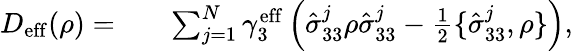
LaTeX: \begin{array}{rlr}{D_{\mathrm{eff}}(\rho)=}&{{}}&{\sum_{j=1}^{N}\gamma_{3}^{\mathrm{eff}}\left(\hat{\sigma}_{33}^{j}\rho\hat{\sigma}_{33}^{j}-\frac{1}{2}\{ \hat{\sigma}_{33}^{j},\rho\} \right),}\end{array}